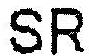
SR